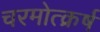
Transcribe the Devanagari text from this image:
चरमोत्क्रर्ष